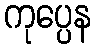
ကုပ္ပေန